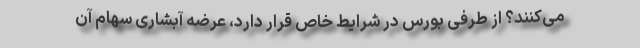
می‌کنند؟ از طرفی بورس در شرایط خاص قرار دارد، عرضه آبشاری سهام آن